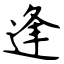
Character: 逢